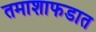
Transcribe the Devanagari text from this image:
तमाशाफडात